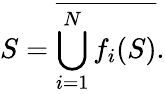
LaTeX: S={\overline{{\bigcup_{i=1}^{N}f_{i}(S)}}}.